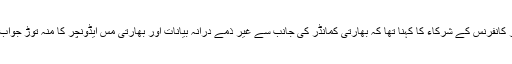
کور کمانڈرز کانفرنس کے شرکاء کا کہنا تھا کہ بھارتی کمانڈر کی جانب سے غیر ذمے درانہ بیانات اور بھارتی مس ایڈونچر کا منہ توڑ جواب دیا جائےگا۔